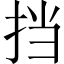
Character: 挡